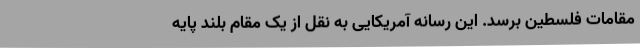
مقامات فلسطین برسد. این رسانه آمریکایی به نقل از یک مقام بلند پایه